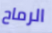
الرماح